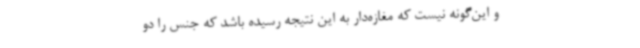
و این‌گونه نیست که مغازه‌دار به این نتیجه رسیده باشد که جنس را دو